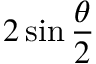
2 \sin { \frac { \theta } { 2 } }